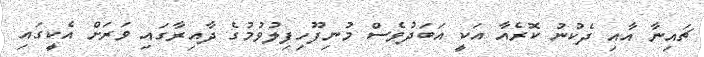
ޗައިނާ އާއި ދެކުނު ކޮރެއާ އަކީ އަބަދުވެސް މުނިފޫހިފިލުވުމުގެ ދާއިރާގައި ވަރަށް އެކީގައި